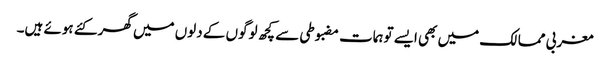
مغربی ممالک میں بھی ایسے توہمات مضبوطی سے کچھ لوگوں کے دلوں میں گھر کئے ہوئے ہیں۔